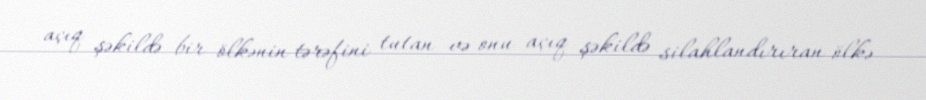
açıq şəkildə bir ölkənin tərəfini tutan və onu açıq şəkildə silahlandırıran ölkə